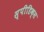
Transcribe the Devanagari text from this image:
स्पीडिक्स